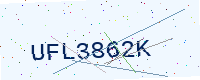
Text: UFL3862K